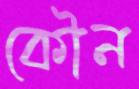
কৌন